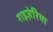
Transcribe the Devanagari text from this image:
राइज़ेरिया